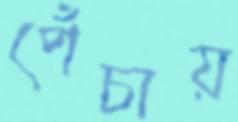
পেঁচায়